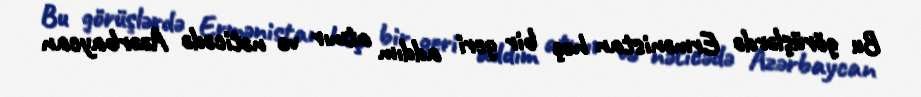
Bu görüşlərdə Ermənistan heç bir geri addım atmır və nəticədə Azərbaycan